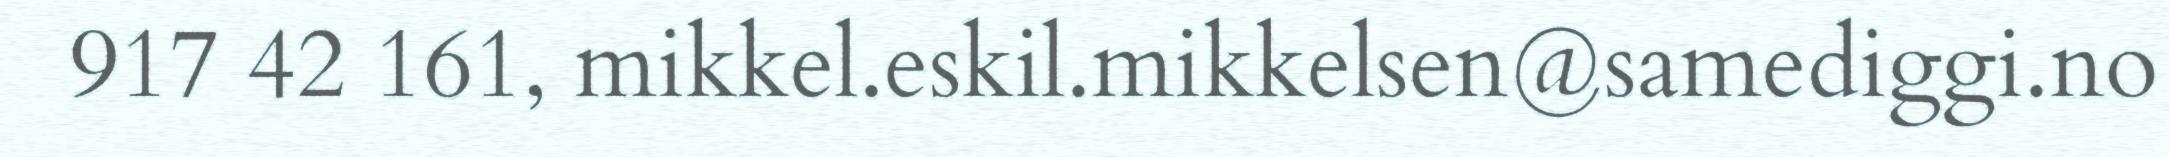
917 42 161, mikkel.eskil.mikkelsen@samediggi.no